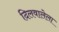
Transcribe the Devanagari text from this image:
दिलवालेला